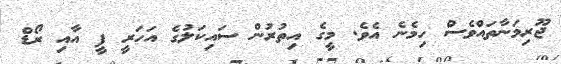
ޖޫރިމަނާތައްވެސް ހިމެނެ އެވެ. މީގެ އިތުރުން ސައިކަލުގެ އަހަރީ ފީ އާއި ރޯޑް